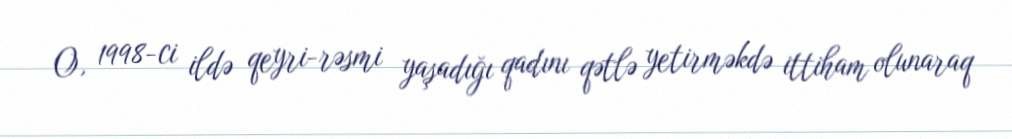
O, 1998-ci ildə qeyri-rəsmi yaşadığı qadını qətlə yetirməkdə ittiham olunaraq